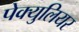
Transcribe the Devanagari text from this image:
पेक्युलियर